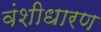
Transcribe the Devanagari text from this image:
वंशीधारण